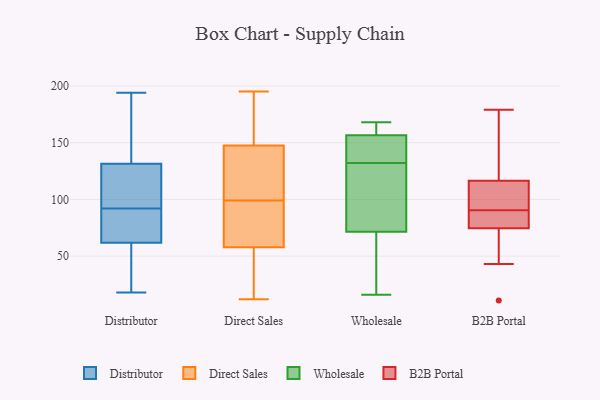
{"axis": {"x": "Active Users", "y": "Value"}, "legend": ["B2B Portal", "Direct Sales", "Distributor", "Wholesale"], "data": [{"x": "", "y": 184, "type": "Distributor"}, {"x": "", "y": 96, "type": "Distributor"}, {"x": "", "y": 33, "type": "Distributor"}, {"x": "", "y": 62, "type": "Distributor"}, {"x": "", "y": 61, "type": "Distributor"}, {"x": "", "y": 142, "type": "Distributor"}, {"x": "", "y": 194, "type": "Distributor"}, {"x": "", "y": 92, "type": "Distributor"}, {"x": "", "y": 68, "type": "Distributor"}, {"x": "", "y": 172, "type": "Distributor"}, {"x": "", "y": 98, "type": "Distributor"}, {"x": "", "y": 63, "type": "Distributor"}, {"x": "", "y": 110, "type": "Distributor"}, {"x": "", "y": 128, "type": "Distributor"}, {"x": "", "y": 18, "type": "Distributor"}, {"x": "", "y": 69, "type": "Distributor"}, {"x": "", "y": 48, "type": "Distributor"}, {"x": "", "y": 64, "type": "Direct Sales"}, {"x": "", "y": 57, "type": "Direct Sales"}, {"x": "", "y": 155, "type": "Direct Sales"}, {"x": "", "y": 117, "type": "Direct Sales"}, {"x": "", "y": 99, "type": "Direct Sales"}, {"x": "", "y": 119, "type": "Direct Sales"}, {"x": "", "y": 145, "type": "Direct Sales"}, {"x": "", "y": 85, "type": "Direct Sales"}, {"x": "", "y": 25, "type": "Direct Sales"}, {"x": "", "y": 24, "type": "Direct Sales"}, {"x": "", "y": 58, "type": "Direct Sales"}, {"x": "", "y": 172, "type": "Direct Sales"}, {"x": "", "y": 107, "type": "Direct Sales"}, {"x": "", "y": 12, "type": "Direct Sales"}, {"x": "", "y": 73, "type": "Direct Sales"}, {"x": "", "y": 172, "type": "Direct Sales"}, {"x": "", "y": 195, "type": "Direct Sales"}, {"x": "", "y": 97, "type": "Wholesale"}, {"x": "", "y": 167, "type": "Wholesale"}, {"x": "", "y": 16, "type": "Wholesale"}, {"x": "", "y": 50, "type": "Wholesale"}, {"x": "", "y": 147, "type": "Wholesale"}, {"x": "", "y": 72, "type": "Wholesale"}, {"x": "", "y": 164, "type": "Wholesale"}, {"x": "", "y": 70, "type": "Wholesale"}, {"x": "", "y": 168, "type": "Wholesale"}, {"x": "", "y": 154, "type": "Wholesale"}, {"x": "", "y": 72, "type": "Wholesale"}, {"x": "", "y": 132, "type": "Wholesale"}, {"x": "", "y": 135, "type": "Wholesale"}, {"x": "", "y": 100, "type": "B2B Portal"}, {"x": "", "y": 11, "type": "B2B Portal"}, {"x": "", "y": 103, "type": "B2B Portal"}, {"x": "", "y": 153, "type": "B2B Portal"}, {"x": "", "y": 78, "type": "B2B Portal"}, {"x": "", "y": 95, "type": "B2B Portal"}, {"x": "", "y": 168, "type": "B2B Portal"}, {"x": "", "y": 130, "type": "B2B Portal"}, {"x": "", "y": 99, "type": "B2B Portal"}, {"x": "", "y": 85, "type": "B2B Portal"}, {"x": "", "y": 71, "type": "B2B Portal"}, {"x": "", "y": 94, "type": "B2B Portal"}, {"x": "", "y": 148, "type": "B2B Portal"}, {"x": "", "y": 179, "type": "B2B Portal"}, {"x": "", "y": 46, "type": "B2B Portal"}, {"x": "", "y": 83, "type": "B2B Portal"}, {"x": "", "y": 71, "type": "B2B Portal"}, {"x": "", "y": 43, "type": "B2B Portal"}, {"x": "", "y": 78, "type": "B2B Portal"}, {"x": "", "y": 87, "type": "B2B Portal"}]}